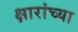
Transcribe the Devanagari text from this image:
क्षारांच्या